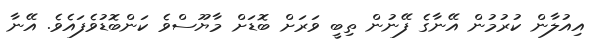
އިއުލާން ކުރުމުން އޭނާގެ ފޭނުން ތިބީ ވަރަށް ބޮޑަށް މާޔޫސްވެ ކަންބޮޑުވެފައެވެ. އޭނާ